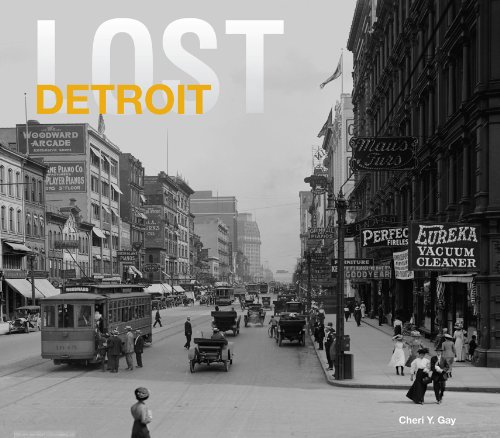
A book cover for Lost Detroit; Cheri Gay; Arts & Photography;